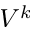
V ^ { k }